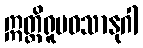
ဣတ္ထိရူပဝသာနုဂါ